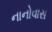
નાનોવાસ